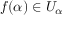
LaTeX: f ( \alpha ) \in U _ { \alpha }